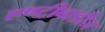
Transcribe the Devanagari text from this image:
एण्टीबाडीज